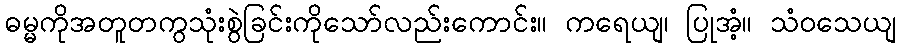
ဓမ္မကိုအတူတကွသုံးစွဲခြင်းကိုသော်လည်းကောင်း။ ကရေယျ၊ ပြုအံ့။ သံဝသေယျ